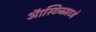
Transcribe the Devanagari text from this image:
ऑस्टिनमध्ये